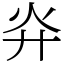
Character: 灷